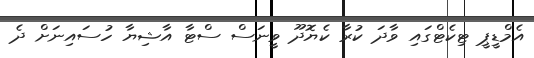
އެމްޑީޕީ ޓިކެޓްގައި ވާދަ ކުރާ ކެޔޮދޫ ވީނަސް ސްޓާ އާޝިޔާ ހުސައިނަށް ދެ